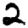
Digit: 2